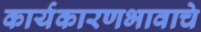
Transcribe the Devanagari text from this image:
कार्यकारणभावाचे